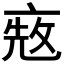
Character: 𠅨